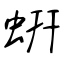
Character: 蚈